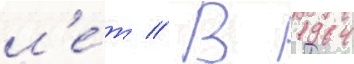
л'е́т // В 1964